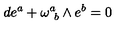
d e ^ { a } + \omega _ { \ b } ^ { a } \wedge e ^ { b } = 0